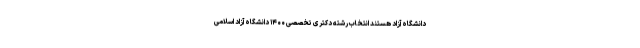
دانشگاه آزاد هستند انتخاب رشته دکتری تخصصی ۱۴۰۰ دانشگاه آزاد اسلامی